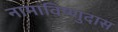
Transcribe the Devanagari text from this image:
नामाविष्णुदास